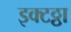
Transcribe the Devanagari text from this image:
इक्टठ्ठा